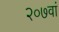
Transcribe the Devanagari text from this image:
२०७वां